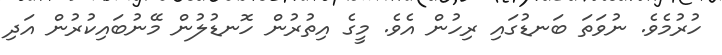
ހުރުމެވެ. ނުވަތަ ބަނޑުގައި ރިހުން އެވެ. މީގެ އިތުރުން ހޮނޑުލުން މޭނުބައިކުރުން އަދި